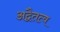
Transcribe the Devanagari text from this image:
अद्वैतत्व